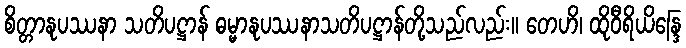
စိတ္တာနုပဿနာ သတိပဋ္ဌာန် ဓမ္မာနုပဿနာသတိပဋ္ဌာန်တို့သည်လည်း။ တေဟိ၊ ထိုဝီရိယိန္ဒြေ